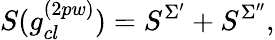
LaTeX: S(g_{cl}^{(2pw)})=S^{\Sigma^{\prime}}+S^{\Sigma^{\prime\prime}},